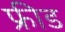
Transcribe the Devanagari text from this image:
फ्रीड